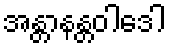
အန္တာနန္တဝါဒေါ